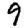
Digit: 9